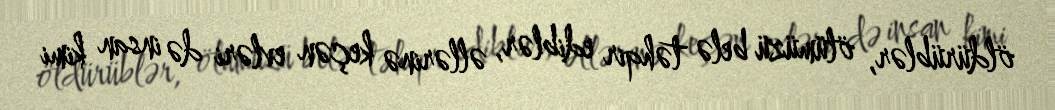
öldürüblər, ölümüzü belə təhqir ediblər, əllərinə keçən evləri də insan kimi